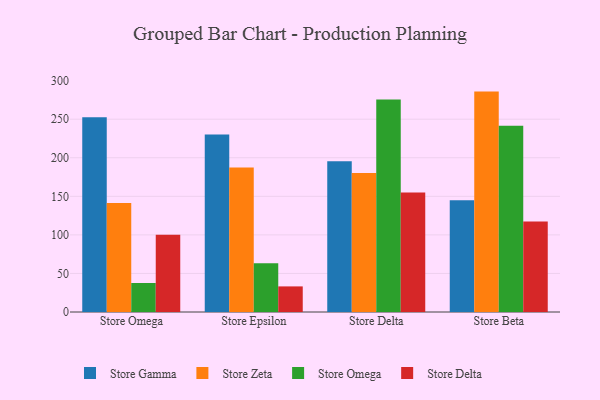
{"axis": {"x": "Store", "y": "Net Income (USD K)"}, "legend": ["Store Delta", "Store Gamma", "Store Omega", "Store Zeta"], "data": [{"x": "Store Omega", "y": 252.7, "type": "Store Gamma"}, {"x": "Store Omega", "y": 141.3, "type": "Store Zeta"}, {"x": "Store Omega", "y": 37.6, "type": "Store Omega"}, {"x": "Store Omega", "y": 100.2, "type": "Store Delta"}, {"x": "Store Epsilon", "y": 230.3, "type": "Store Gamma"}, {"x": "Store Epsilon", "y": 187.3, "type": "Store Zeta"}, {"x": "Store Epsilon", "y": 63.2, "type": "Store Omega"}, {"x": "Store Epsilon", "y": 33.2, "type": "Store Delta"}, {"x": "Store Delta", "y": 195.5, "type": "Store Gamma"}, {"x": "Store Delta", "y": 180.3, "type": "Store Zeta"}, {"x": "Store Delta", "y": 275.7, "type": "Store Omega"}, {"x": "Store Delta", "y": 154.8, "type": "Store Delta"}, {"x": "Store Beta", "y": 144.8, "type": "Store Gamma"}, {"x": "Store Beta", "y": 285.8, "type": "Store Zeta"}, {"x": "Store Beta", "y": 241.4, "type": "Store Omega"}, {"x": "Store Beta", "y": 117.4, "type": "Store Delta"}]}